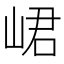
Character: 峮